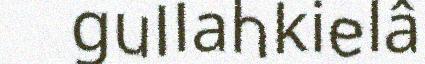
gullahkielâ